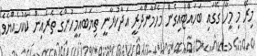
މިރޭ މި މީހާ ގޭގައި ބަހައްޓައިގެން މެހްމާންދާރީ އަދާކުރާނީ ތިޔަބައިމީހުންގެ ތެރެއިން ކާކުހެއްޔެވެ